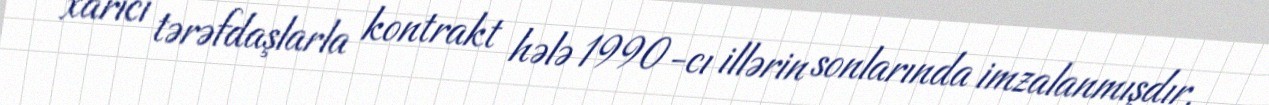
xarici tərəfdaşlarla kontrakt hələ 1990-cı illərin sonlarında imzalanmışdır.